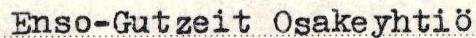
Enso-Gutzeit Osakeyhtiö